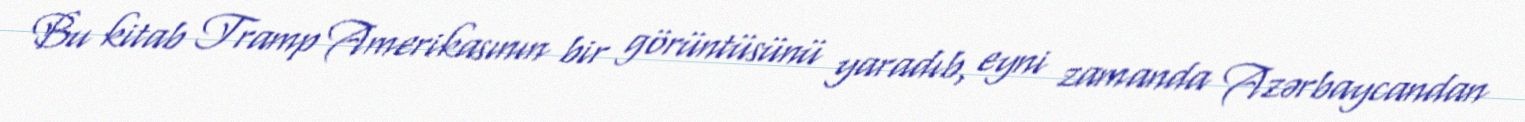
Bu kitab Tramp Amerikasının bir görüntüsünü yaradıb, eyni zamanda Azərbaycandan